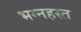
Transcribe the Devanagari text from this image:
भग्नहस्त